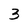
Character: 3